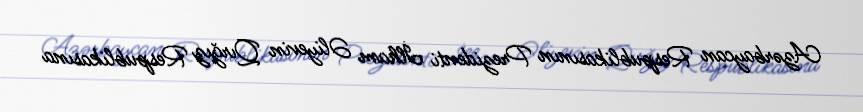
Azərbaycan Respublikasının Prezidenti İlham Əliyevin Qırğız Respublikasına